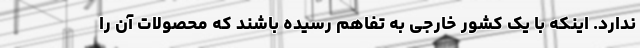
ندارد. اینکه با یک کشور خارجی به تفاهم رسیده باشند که محصولات آن را